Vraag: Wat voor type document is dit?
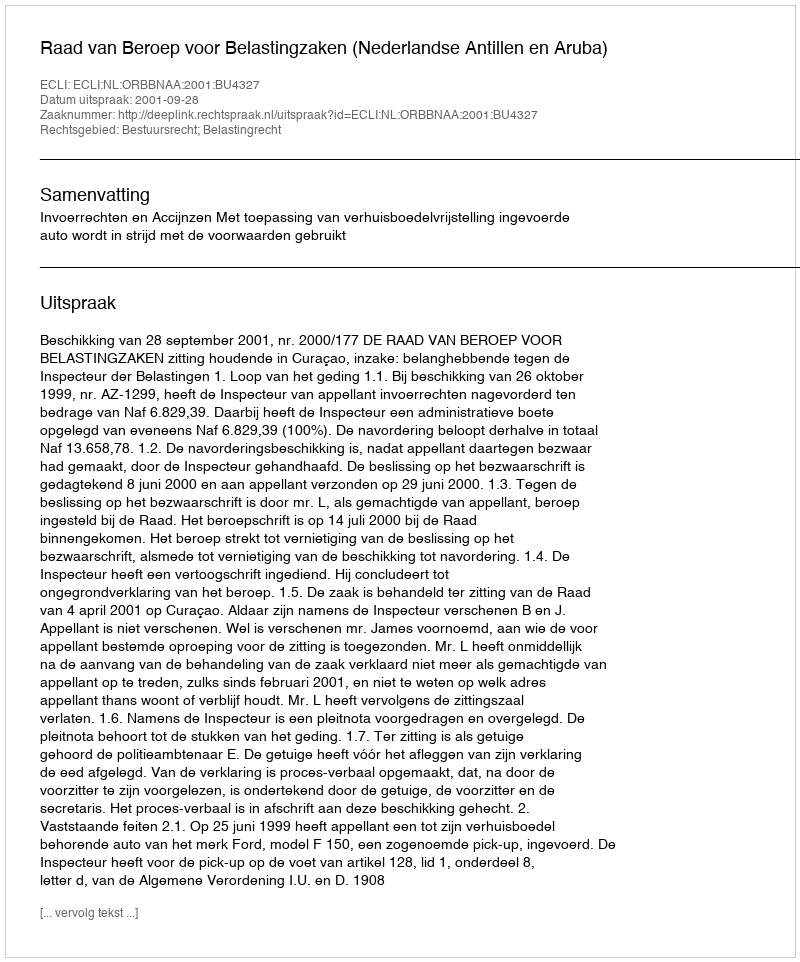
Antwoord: Uitspraak